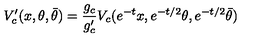
V _ { c } ^ { \prime } ( x , \theta , \bar { \theta } ) = \frac { g _ { c } } { g _ { c } ^ { \prime } } V _ { c } ( e ^ { - t } x , e ^ { - t / 2 } \theta , e ^ { - t / 2 } \bar { \theta } )